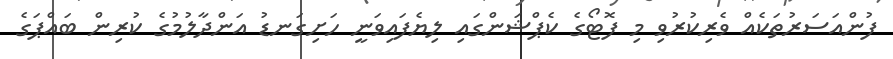
ފުންއަސަރުތަކެއް ވެރިކުރުވި މި ފޮޓޯގެ ކެޕްޝަންގައި ލިޔެފައިވަނީ ހަށިގަނޑު އަންދާލުމުގެ ކުރިން ބައްޕަގެ